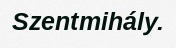
Szentmihály.